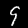
Digit: 9